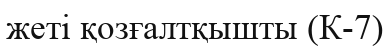
жеті қозғалтқышты (К-7)